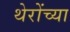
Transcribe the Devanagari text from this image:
थेरोंच्या